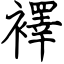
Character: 襗